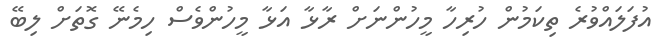
އުފަލައްވުރެ ތިކަމުން ހުރިހާ މީހުންނަށް ރާޅާ އަޅާ މީހުންވެސް ހިމެނޭ ގޮތަށް ލިބޭ